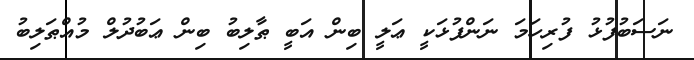
ނަސަބުފުޅު ފުރިހަމަ ނަންފުޅަކީ ޢަލީ ބިން އަބީ ޠާލިބު ބިން ޢަބުދުލް މުއްޠަލިބު